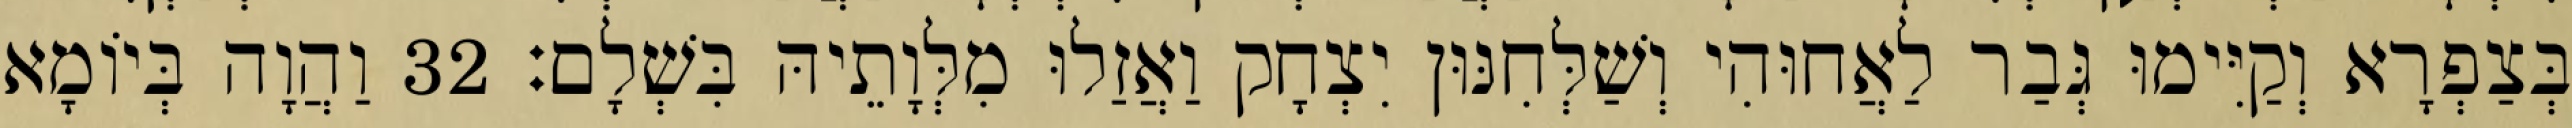
בְּצַפְרָא וְקַיִּימוּ גְּבַר לַאֲחוּהִי וְשַׁלְּחִנּוּן יִצְחָק וַאֲזַלוּ מִלְּוָתֵיהּ בִּשְׁלָם׃ 32 וַהֲוָה בְּיוֹמָא